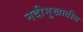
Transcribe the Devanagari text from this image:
नदीमुखातील